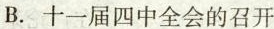
B.十一届四中全会的召开